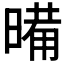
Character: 𭧉